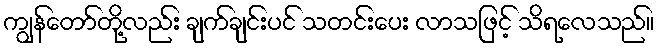
ကျွန်တော်တို့လည်း ချက်ချင်းပင် သတင်းပေး လာသဖြင့် သိရလေသည်။